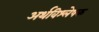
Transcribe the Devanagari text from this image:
अर्थविश्लेषक